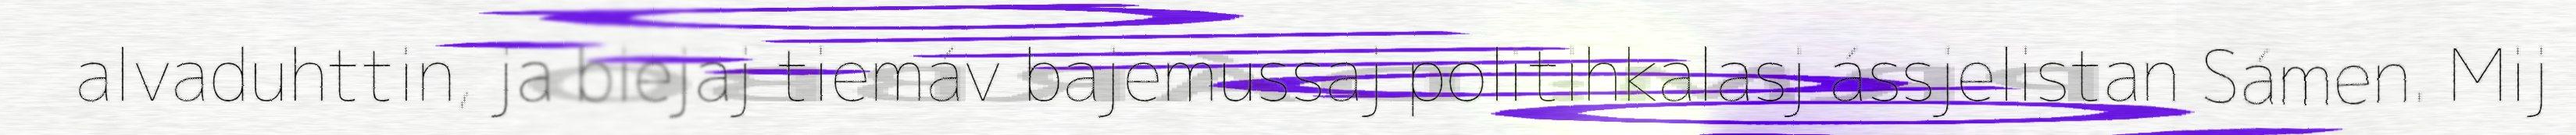
alvaduhttin, ja biejaj tiemáv bajemussaj politihkalasj ássjelistan Sámen. Mij